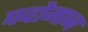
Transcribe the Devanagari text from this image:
पदोमान